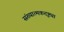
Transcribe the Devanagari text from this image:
संख्यात्मकदृष्ट्या